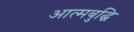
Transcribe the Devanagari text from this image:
आत्मबुद्धि